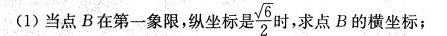
(1)当点B在第一象限，纵坐标是 $$\frac{2}{3} $$ 时，求点B的横坐标；